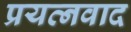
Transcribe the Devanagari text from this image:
प्रयत्नवाद